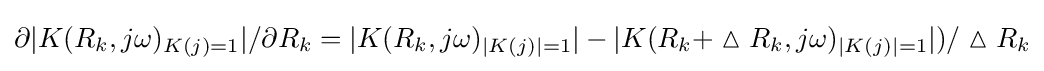
\partial |K(R_{k},j\omega )_{K(j)=1}|/\partial R_{k}=|K(R_{k},j\omega )_{|K(j)|=1}|-|K(R_{k}+\vartriangle R_{k},j\omega )_{|K(j)|=1}|)/\vartriangle R_{k}